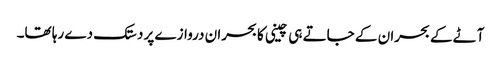
آٹے کے بحران کے جاتے ہی چینی کا بحران دروازے پر دستک دے رہا تھا۔